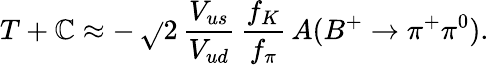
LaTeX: T+\mathbb{C}\approx-\, \sqrt{}{{2}}\, \frac{{V_{us}}}{{V_{ud}}}\, \frac{{f_{K}}}{{f_{\pi}}}\, A(B^{+}\to\pi^{+}\pi^{0}).